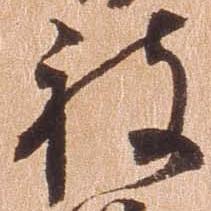
被